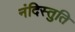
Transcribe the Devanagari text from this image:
नंदिस्तुति